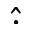
\widehat { \cdot }